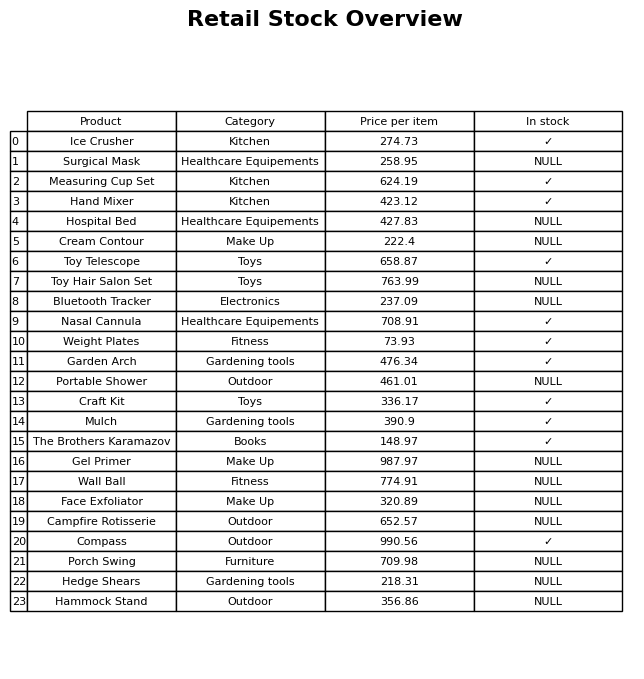
question: Which products are available in stock?
answer: Ice Crusher, Measuring Cup Set, Hand Mixer, Toy Telescope, Nasal Cannula, Weight Plates, Garden Arch, Craft Kit, Mulch, The Brothers Karamazov, Compass